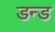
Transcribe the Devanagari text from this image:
डन्ड